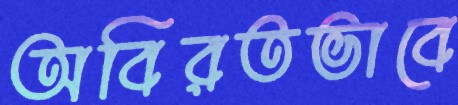
অবিরতভাবে